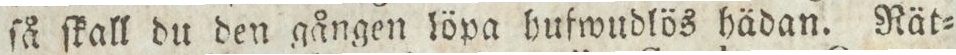
ſå ſkall du den gången löpa hufwudlös hädan. Rät=